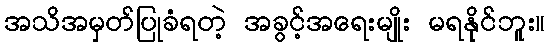
အသိအမှတ်ပြုခံရတဲ့ အခွင့်အရေးမျိုး မရနိုင်ဘူး။